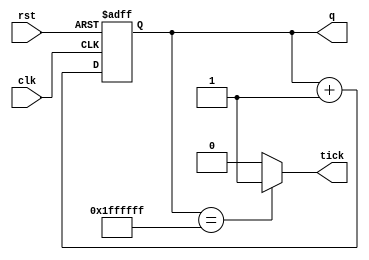
`timescale 1ns / 1ps
//////////////////////////////////////////////////////////////////////////////////
// Company: 
// Engineer: 
// 
// Design Name: 
// Module Name: counter_n
// Project Name: 
// Target Devices: 
// Tool Versions: 
// Description: 
// 
// Dependencies: 
// 
// Revision:
// Revision 0.01 - File Created
// Additional Comments:
// 
//////////////////////////////////////////////////////////////////////////////////


module counter_n
  
    (
    input clk,
    input rst,
    output tick,
    output [25 - 1 : 0] q
    );
     parameter BITS=25;
    // counter register
    reg [25 - 1 : 0] rCounter;
     
     
    // increment or reset the counter
    always @(posedge clk, posedge rst)
        if (rst)
            rCounter <= 0;
        else
            rCounter <= rCounter + 1;
 
    // connect counter register to the output wires
    assign q = rCounter;
    assign tick = (rCounter == 2 ** BITS - 1) ? 1'b1 : 1'b0;
         
endmodule